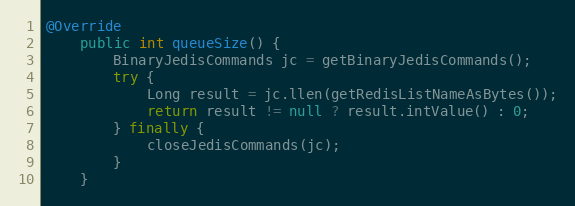
Language: Java
@Override
    public int queueSize() {
        BinaryJedisCommands jc = getBinaryJedisCommands();
        try {
            Long result = jc.llen(getRedisListNameAsBytes());
            return result != null ? result.intValue() : 0;
        } finally {
            closeJedisCommands(jc);
        }
    }